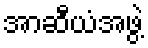
အာဆီယံအဖွဲ့